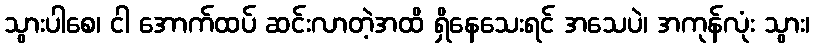
သွားပါစေ၊ ငါ အောက်ထပ် ဆင်းလာတဲ့အထိ ရှိနေသေးရင် အသေပဲ၊ အကုန်လုံး သွား၊